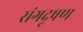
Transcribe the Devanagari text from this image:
संगदूषण